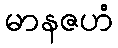
မာနဇဟံ